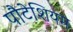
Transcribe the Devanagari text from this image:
पौटेशियम